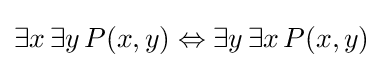
\exists x\,\exists y\,P(x,y)\Leftrightarrow \exists y\,\exists x\,P(x,y)